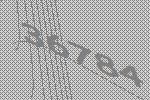
36784